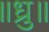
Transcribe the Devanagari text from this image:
॥ध्रु॥